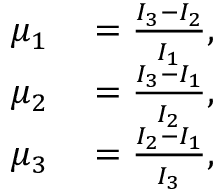
\begin{array} { r l } { \mu _ { 1 } } & { { } = \frac { I _ { 3 } - I _ { 2 } } { I _ { 1 } } , } \\ { \mu _ { 2 } } & { { } = \frac { I _ { 3 } - I _ { 1 } } { I _ { 2 } } , } \\ { \mu _ { 3 } } & { { } = \frac { I _ { 2 } - I _ { 1 } } { I _ { 3 } } , } \end{array}